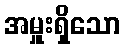
အမှူးရှိသော